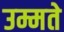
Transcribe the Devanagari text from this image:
उम्मते